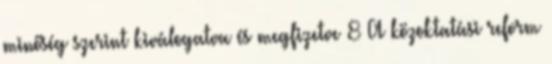
minőség szerint kiválogatva és megfizetve 8 A közoktatási reform